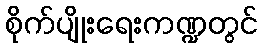
စိုက်ပျိုးရေးကဏ္ဍတွင်